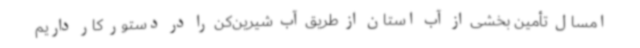
امسال تأمین بخشی از آب استان از طریق آب شیرین‌کن را در دستور کار داریم